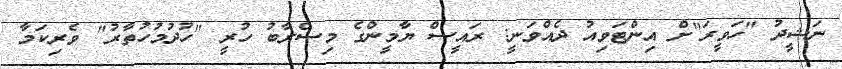
ނަޝީދު "ހަވީރަ"ށް އިންޓަވިއު ދެއްވަނީ: ރައީސް ޔާމީންގެ މިސްރާބު ހުރީ "ހުދުމުހުތާރު" ވެރިކަމާ